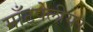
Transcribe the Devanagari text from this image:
माँटपेलीयर